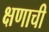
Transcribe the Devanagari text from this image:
क्षणाची